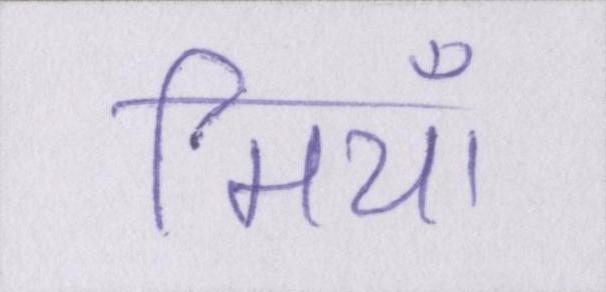
मियाँ